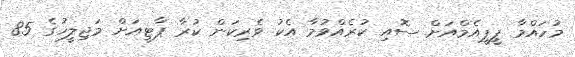
މުހައްމާ ޕީޕީއެމްއަށް ސޮއި ކުރެއްވުމާ އެކު ވެރިކަން ކުރާ ޕާޓީއަށް މަޖިލީހުގެ 85